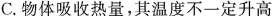
C.物体吸收热量，其温度不一定升高